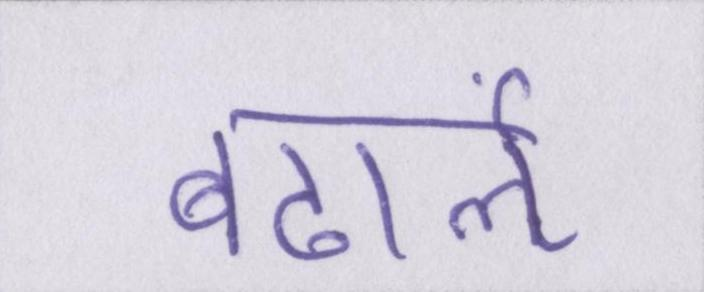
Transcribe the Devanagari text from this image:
बढार्ऌ